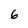
Character: 6